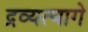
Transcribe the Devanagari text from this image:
द्रव्यत्यागे